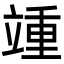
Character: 𬔥